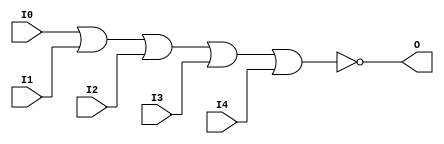
// $Header: /devl/xcs/repo/env/Databases/CAEInterfaces/verunilibs/s/NOR5.v,v 1.8 2003/01/21 01:55:30 wloo Exp $

/*

FUNCTION	: 5-INPUT NOR GATE

*/

`timescale  100 ps / 10 ps


module NOR5 (O, I0, I1, I2, I3, I4);

    output O;

    input  I0, I1, I2, I3, I4;

    nor O1 (O, I0, I1, I2, I3, I4);

    specify
	(I0 *> O) = (0, 0);
	(I1 *> O) = (0, 0);
	(I2 *> O) = (0, 0);
	(I3 *> O) = (0, 0);
	(I4 *> O) = (0, 0);
    endspecify

endmodule